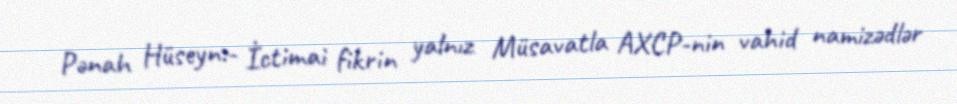
Pənah Hüseyn:- İctimai fikrin yalnız Müsavatla AXCP-nin vahid namizədlər